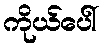
ကိုယ်ပေါ်